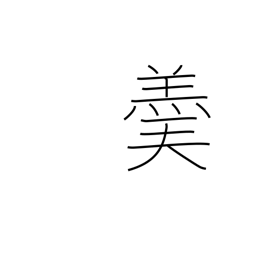
Meaning: hot soup